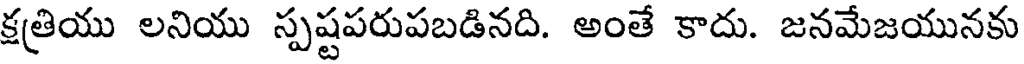
క్షత్రియు లనియు స్పష్టపరుపబడినది. అంతే కాదు. జనమేజయునకు